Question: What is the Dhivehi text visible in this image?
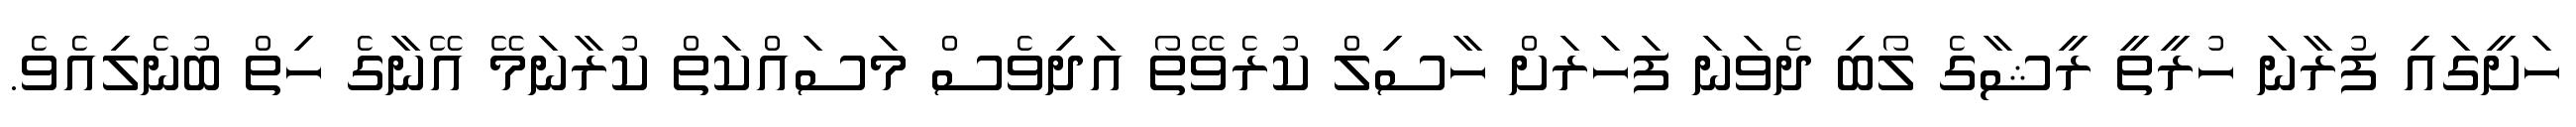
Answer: ހަށީގައި ފުރާނަ ހުރީތީ ރީޝާގެ ލޯބި ދެވަނަ ފަހަރަށް ހާސިލް ކުރެވޭތޯ އަދިވެސް މަސައްކަތް ކުރާނަމޭ އޭނާގެ ހިތް ބުނެލިއެވެ.